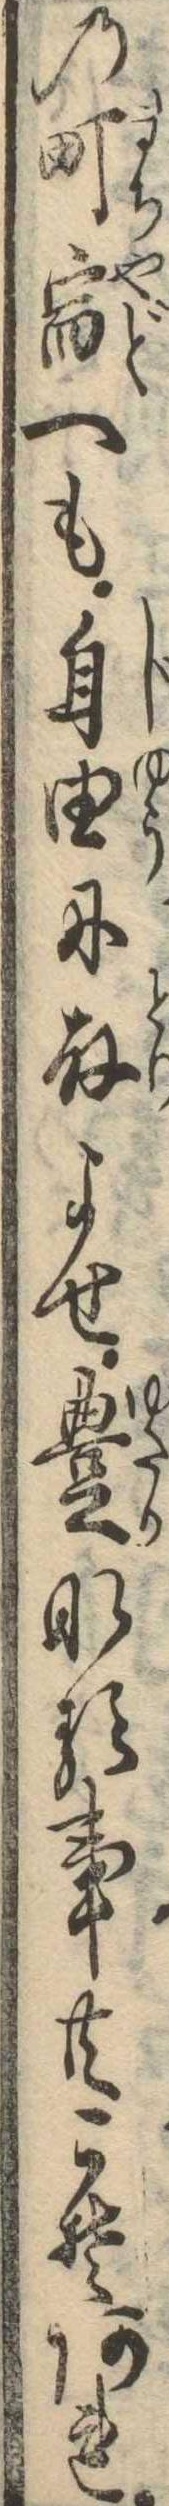
の町宿へも自由に取よせ豊なる事共こそあれ